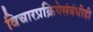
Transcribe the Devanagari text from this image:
विचारप्रक्रियेसंबंधीही